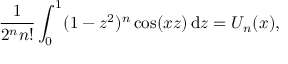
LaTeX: { \frac { 1 } { 2 ^ { n } n ! } } \int _ { 0 } ^ { 1 } ( 1 - z ^ { 2 } ) ^ { n } \cos ( x z ) \, \mathrm { d } z = U _ { n } ( x ) ,